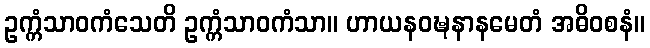
ဥက္ကံသာဝကံသေတိ ဥက္ကံသာဝကံသာ။ ဟာယနဝဍ္ဎနာနမေတံ အဓိဝစနံ။